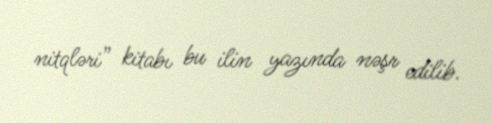
nitqləri” kitabı bu ilin yazında nəşr edilib.